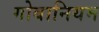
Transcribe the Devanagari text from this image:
गोबानियम